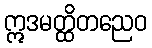
ဣဒမတ္ထိတညေဝ